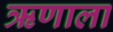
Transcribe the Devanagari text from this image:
ऋणाला